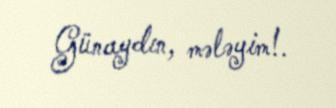
Günaydın, mələyim!.